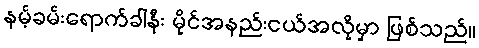
နမ့်ခမ်းရောက်ခါနီး မိုင်အနည်းငယ်အလိုမှာ ဖြစ်သည်။